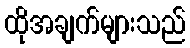
ထိုအချက်များသည်